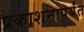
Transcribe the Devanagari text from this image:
प्रकाशनापर्यंत